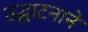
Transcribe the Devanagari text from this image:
उद्घाटनाने